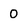
Character: 0